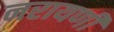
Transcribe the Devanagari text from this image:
नरायणी